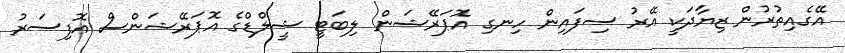
އޭގެއިތުރުން ޒިޔާދަކީ އޭރު ސިފައިން ހިނގި އޮޕަރޭޝަން ލިބަޓީ ޝީލްޑްގެ އޮޕަރޭޝަންސް އޮފިސަރު